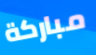
مباركة